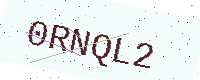
Text: 0RNQL2